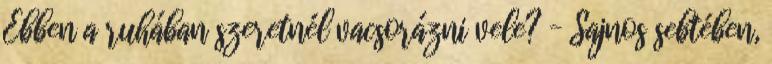
Ebben a ruhában szeretnél vacsorázni vele? – Sajnos sebtében,